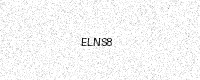
Text: ELNS8